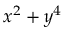
x ^ { 2 } + y ^ { 4 }